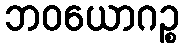
ဘဝယောဂဉ္စ